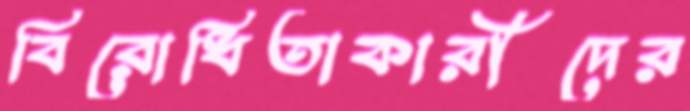
বিরোধিতাকারীদের